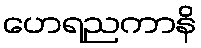
ဟေရညကာနိ